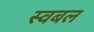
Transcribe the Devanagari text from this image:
स्वबल